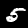
Digit: 5